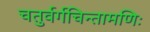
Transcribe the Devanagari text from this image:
चतुर्वर्गचिन्तामणिः